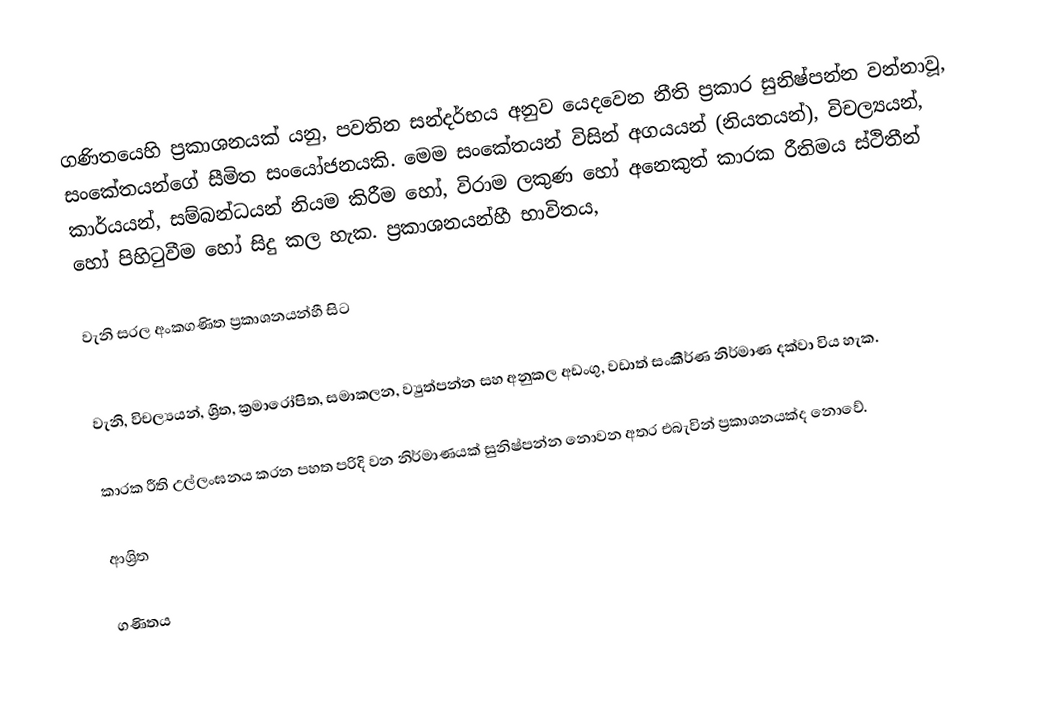
ගණිතයෙහි ප්‍රකාශනයක් යනු,  පවතින සන්දර්භය අනුව යෙදවෙන නීති ප්‍රකාර සුනිෂ්පන්න වන්නාවූ,  සංකේතයන්ගේ සීමිත සංයෝජනයකි. මෙම සංකේතයන් විසින් අගයයන් (නියතයන්), විචල්‍යයන්, කාර්යයන්, සම්බන්ධයන් නියම කිරීම හෝ, විරාම ලකුණ  හෝ අනෙකුත් කාරක රීතිමය ස්ථිතීන් හෝ පිහිටුවීම හෝ සිදු කල හැක. ප්‍රකාශනයන්හී  භාවිතය,

වැනි සරල අංකගණිත ප්‍රකාශනයන්හී සිට

වැනි, විචල්‍යයන්,  ශ්‍රිත, ක්‍රමාරෝපිත, සමාකලන, ව්‍යුත්පන්න සහ අනුකල අඩංගු, වඩාත් සංකීර්ණ නිර්මාණ දක්වා විය හැක.

කාරක රීති උල්ලංඝනය කරන පහත පරිදි වන නිර්මාණයක් සුනිෂ්පන්න නොවන අතර එබැවින් ප්‍රකාශනයක්ද නොවේ.

ආශ්‍රිත

ගණිතය